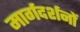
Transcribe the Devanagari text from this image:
मार्गदर्शनों